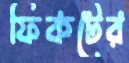
ফিকটের